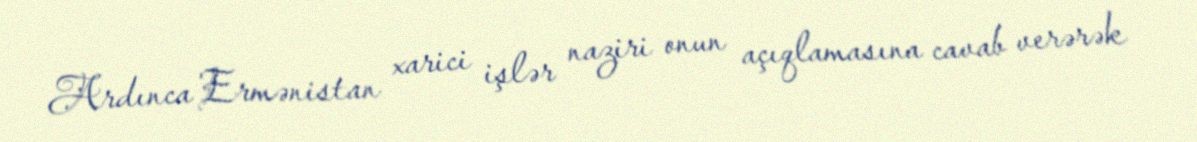
Ardınca Ermənistan xarici işlər naziri onun açıqlamasına cavab verərək